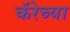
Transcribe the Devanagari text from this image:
कॅरेच्या